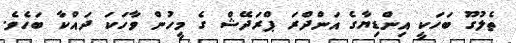
ތެލުގޫ ބަހަކީ އިންޑިޔާގެ އަންދްރަ ޕްރަދޭޝް ގެ މީހުން ވާހަކަ ދައްކާ ބަހެވެ.